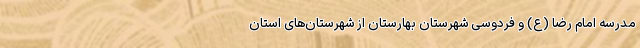
مدرسه امام رضا (ع) و فردوسی شهرستان بهارستان از شهرستان‌های استان